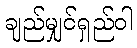
ချည်မျှင်ရှည်ဝါ